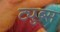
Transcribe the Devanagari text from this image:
ट्युब्स